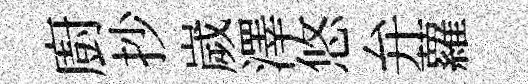
廚抄嵗澤悠弁蘿